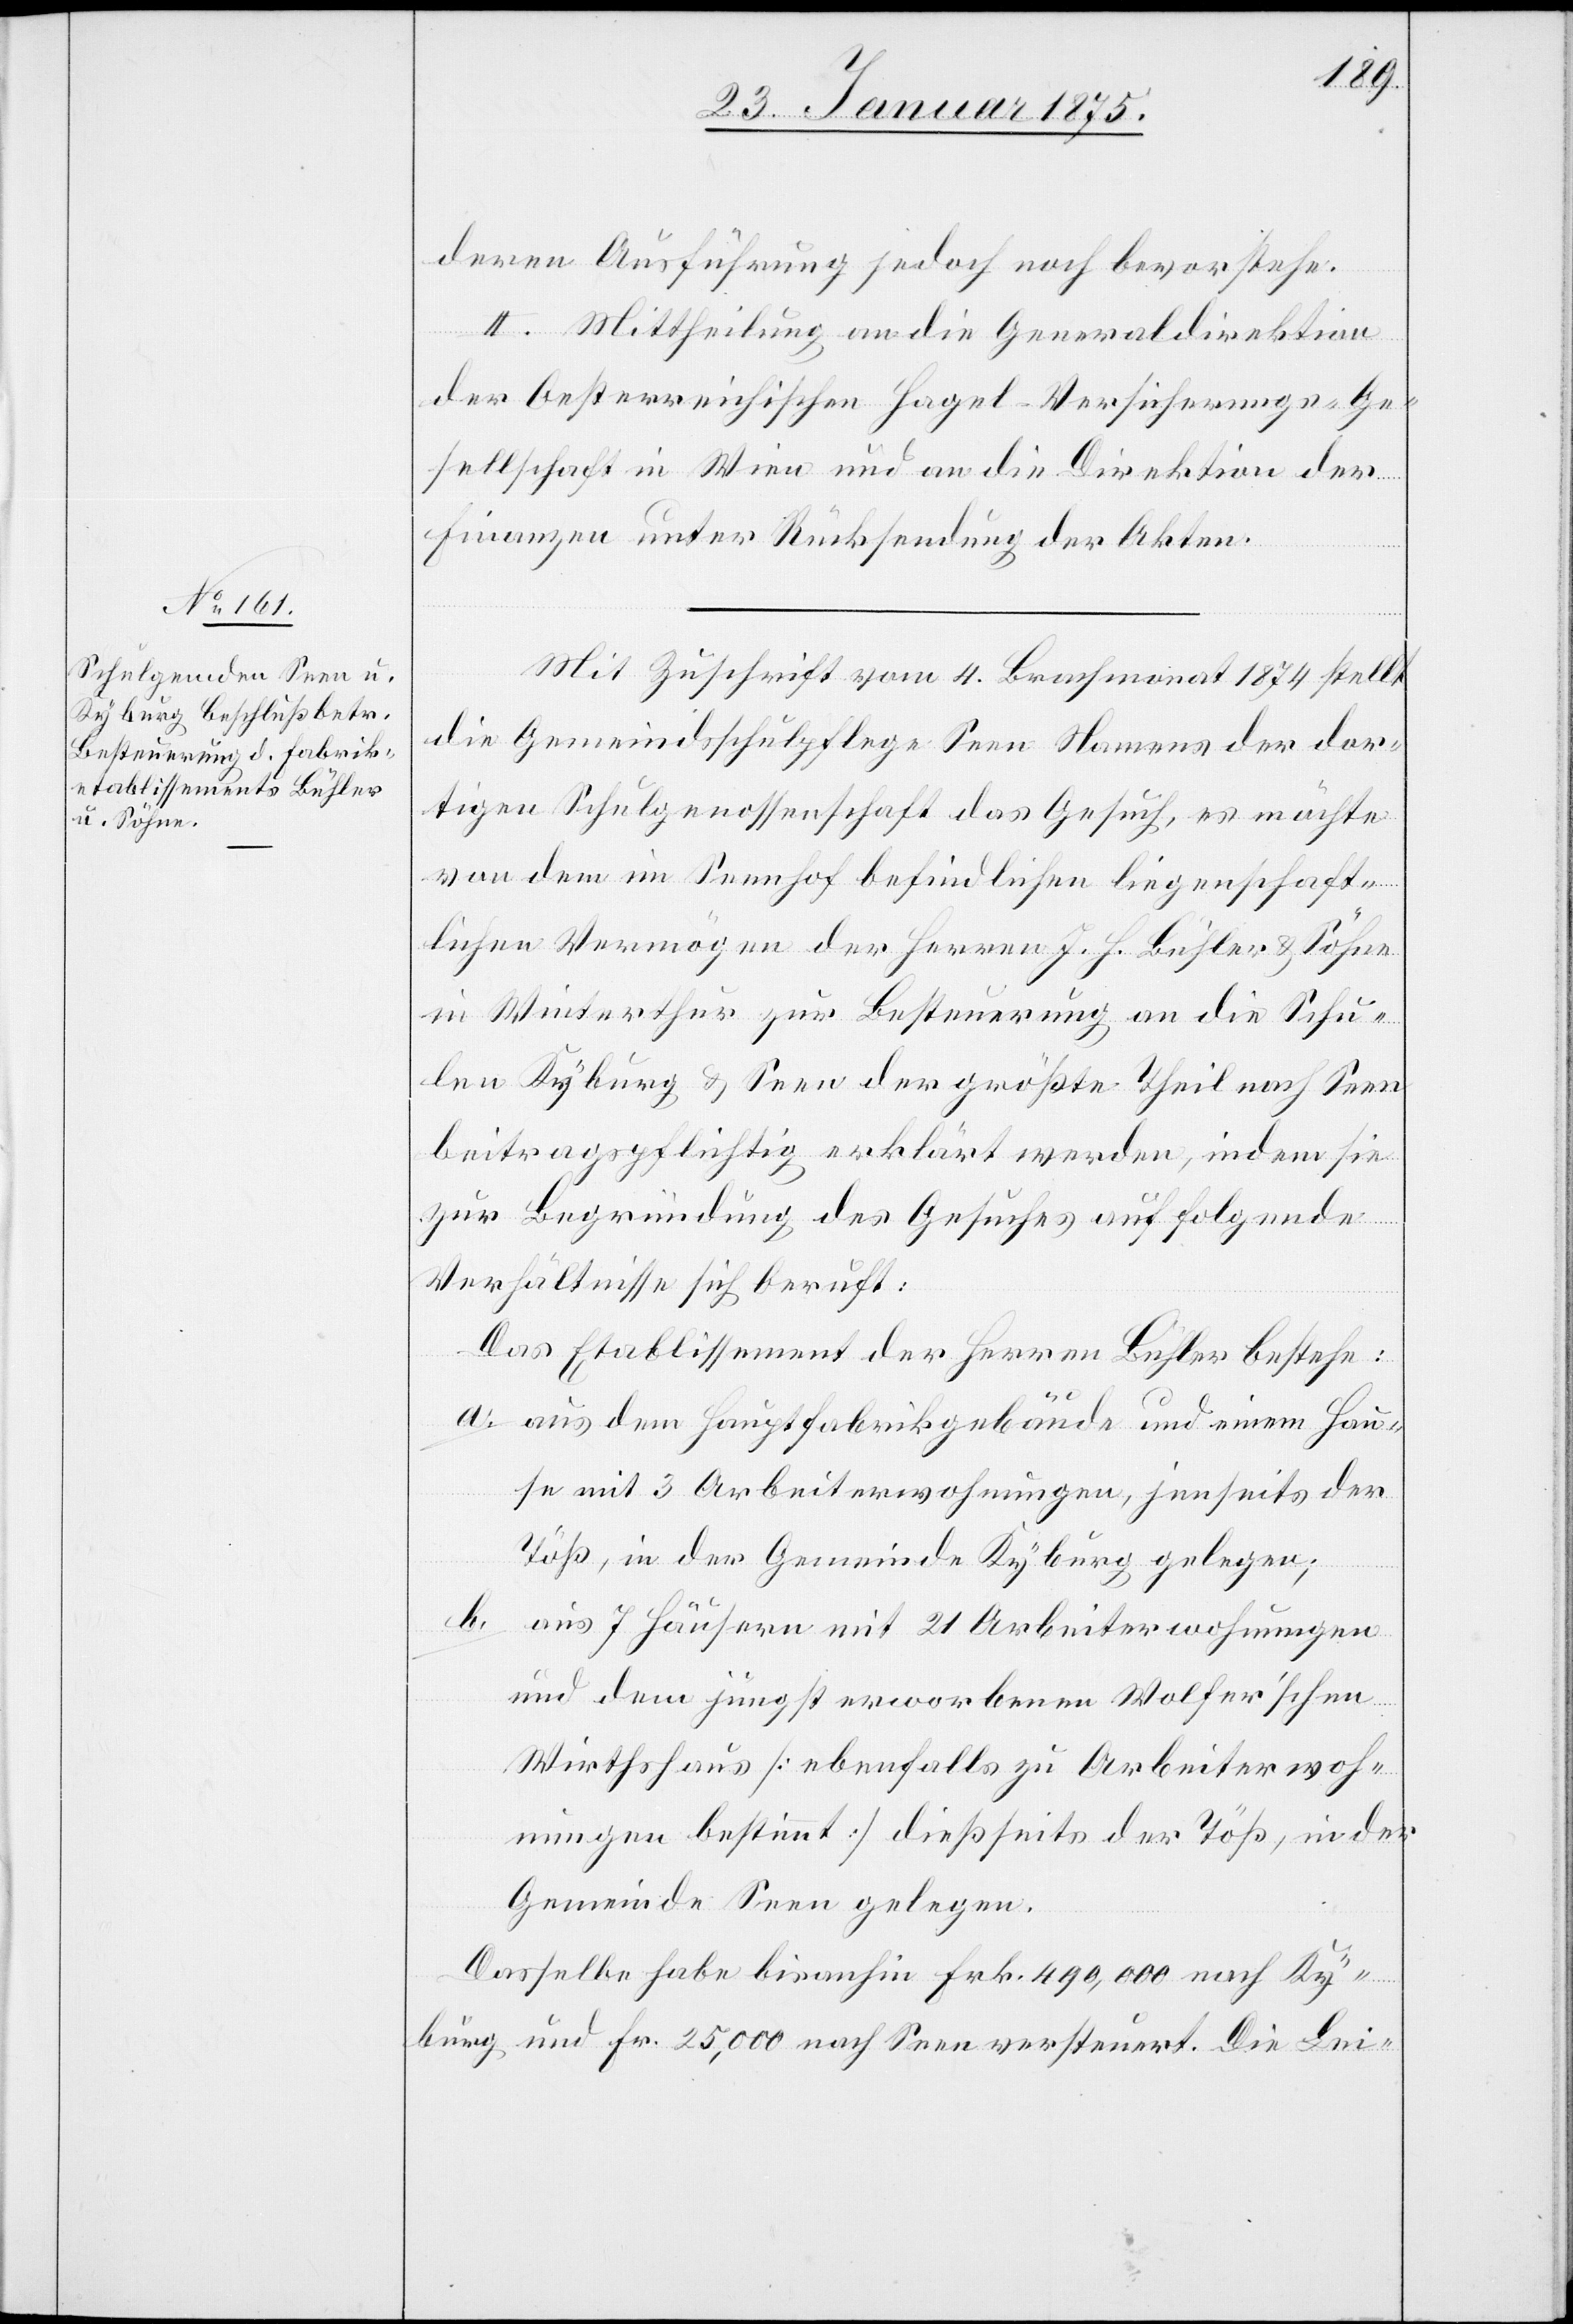
deren Ausführung jedoch noch bevorstehe.
II. Mittheilung an die Generaldirektion
der Oesterreichischen Hagel-Versicherungs-Ge¬
sellschaft in Wien und an die Direktion der
Finanzen unter Rücksendung der Akten.
Mit Zuschrift vom 4. Brachmonat 1847 stellt
die Gemeindsschulpflege Seen Namens der dor¬
tigen Schulgenossenschaft das Gesuch, es möchte
von dem im Sennhof befindlichen liegenschaft¬
lichen Vermögen der Herren J. H. Bühler Söhne
in Winterthur zur Besteuerung an die Schu¬
len Kyburg & Seen der größte Theil nach Seen
beitragspflichtig erklärt werden, indem sie
zur Begründung des Gesuches auf folgende
Verhältnisse sich beruft:
Das Etablissement der Herren Bühler bestehe:
a. aus dem Hauptfabrikgebäude und einem Hau¬
se mit 3 Arbeiterwohnungen, jenseits der
Töß, in der Gemeinde Kyburg gelegen;
b. aus 7 Häusern mit 21 Arbeiterwohnungen
und dem jüngst erworbenen Wolfer’schen
Wirthshaus (ebenfalls zu Arbeiterwoh¬
nungen bestimmt) dießseits der Töß, in der
Gemeinde Seen gelegen.
Dasselbe habe bisanhin Frk. 490,000 nach Ky¬
burg und Fr. 25,000 nach Seen versteuert. Die Lei-